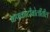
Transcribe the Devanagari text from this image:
बाणकोटीबोलींतील